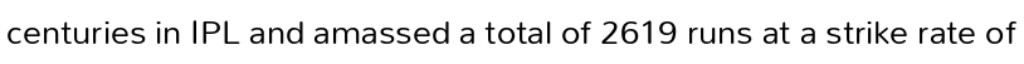
centuries in IPL and amassed a total of 2619 runs at a strike rate of